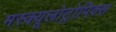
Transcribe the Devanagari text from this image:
मस्क्यूलोट्रोपिक्स